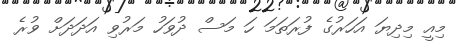
މިއީ މިދިޔަ އަހަރުގެ ފުރަތަމަ ހަ މަސް ދުވަހު މަރުވި އަދަދަށް ވުރެ